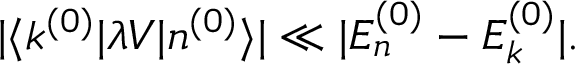
| \langle k ^ { ( 0 ) } | \lambda V | n ^ { ( 0 ) } \rangle | \ll | E _ { n } ^ { ( 0 ) } - E _ { k } ^ { ( 0 ) } | .